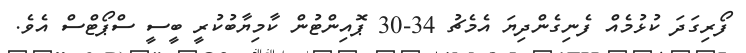
ފޯރިގަދަ ކުޅުމެއް ފެނިގެންދިޔަ އެމެޗު 34-30 ޕޮއިންޓުން ކާމިޔާބުކުރީ ބީސީ ސްޕޯޓްސް އެވެ.